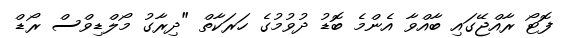
ފޮޓޯ ރާއްޖޭގައި ބާއްވާ އެންމެ ބޮޑު ދުވުމުގެ ހަރަކާތް "ދިރާގު މޯލްޑިވްސް ރޯޑް